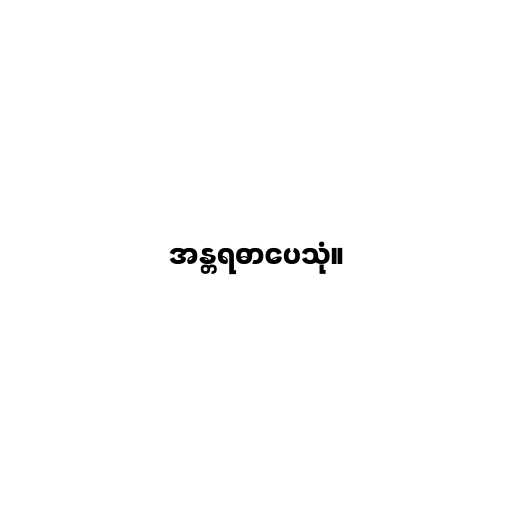
အန္တရဓာပေသုံ။